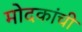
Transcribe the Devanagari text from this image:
मोदकांची